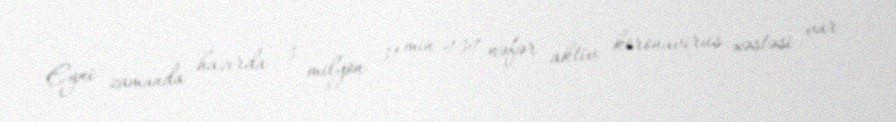
Eyni zamanda hazırda 3 milyon 31 min 434 nəfər aktiv koronavirus xəstəsi var